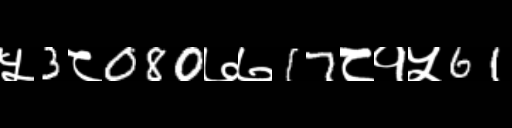
Text: ५3८080७७17८१५61